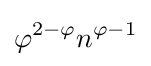
\varphi ^{2-\varphi }n^{\varphi -1}